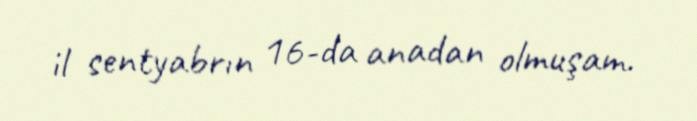
il sentyabrın 16-da anadan olmuşam.